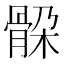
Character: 𲌎